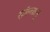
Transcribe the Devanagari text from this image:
सॉल्वालू